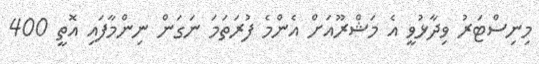
މިނިސްޓަރު ވިދާޅުވީ އެ މަޝްރޫއަށް އެންމެ ފުރަތަމަ ނަގަން ނިންމާފައި އޮތީ 400